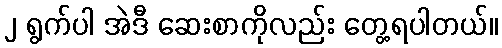
၂ ရွက်ပါ အဲဒီ ဆေးစာကိုလည်း တွေ့ရပါတယ်။